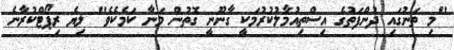
"މި ތަނުގައި ދުންފަތުގެ އިސްތިއުމާލުކުރުމަކީ ގާނޫނީ ގޮތުން މަނާ ކަމެކެވެ" ލިޔެ ރިޕޯޓްކުރާނެ